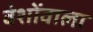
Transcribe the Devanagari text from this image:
वंशोंवाला